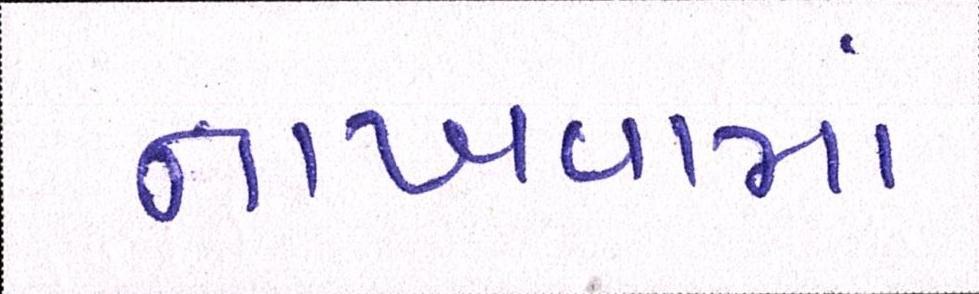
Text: નાખવામાં